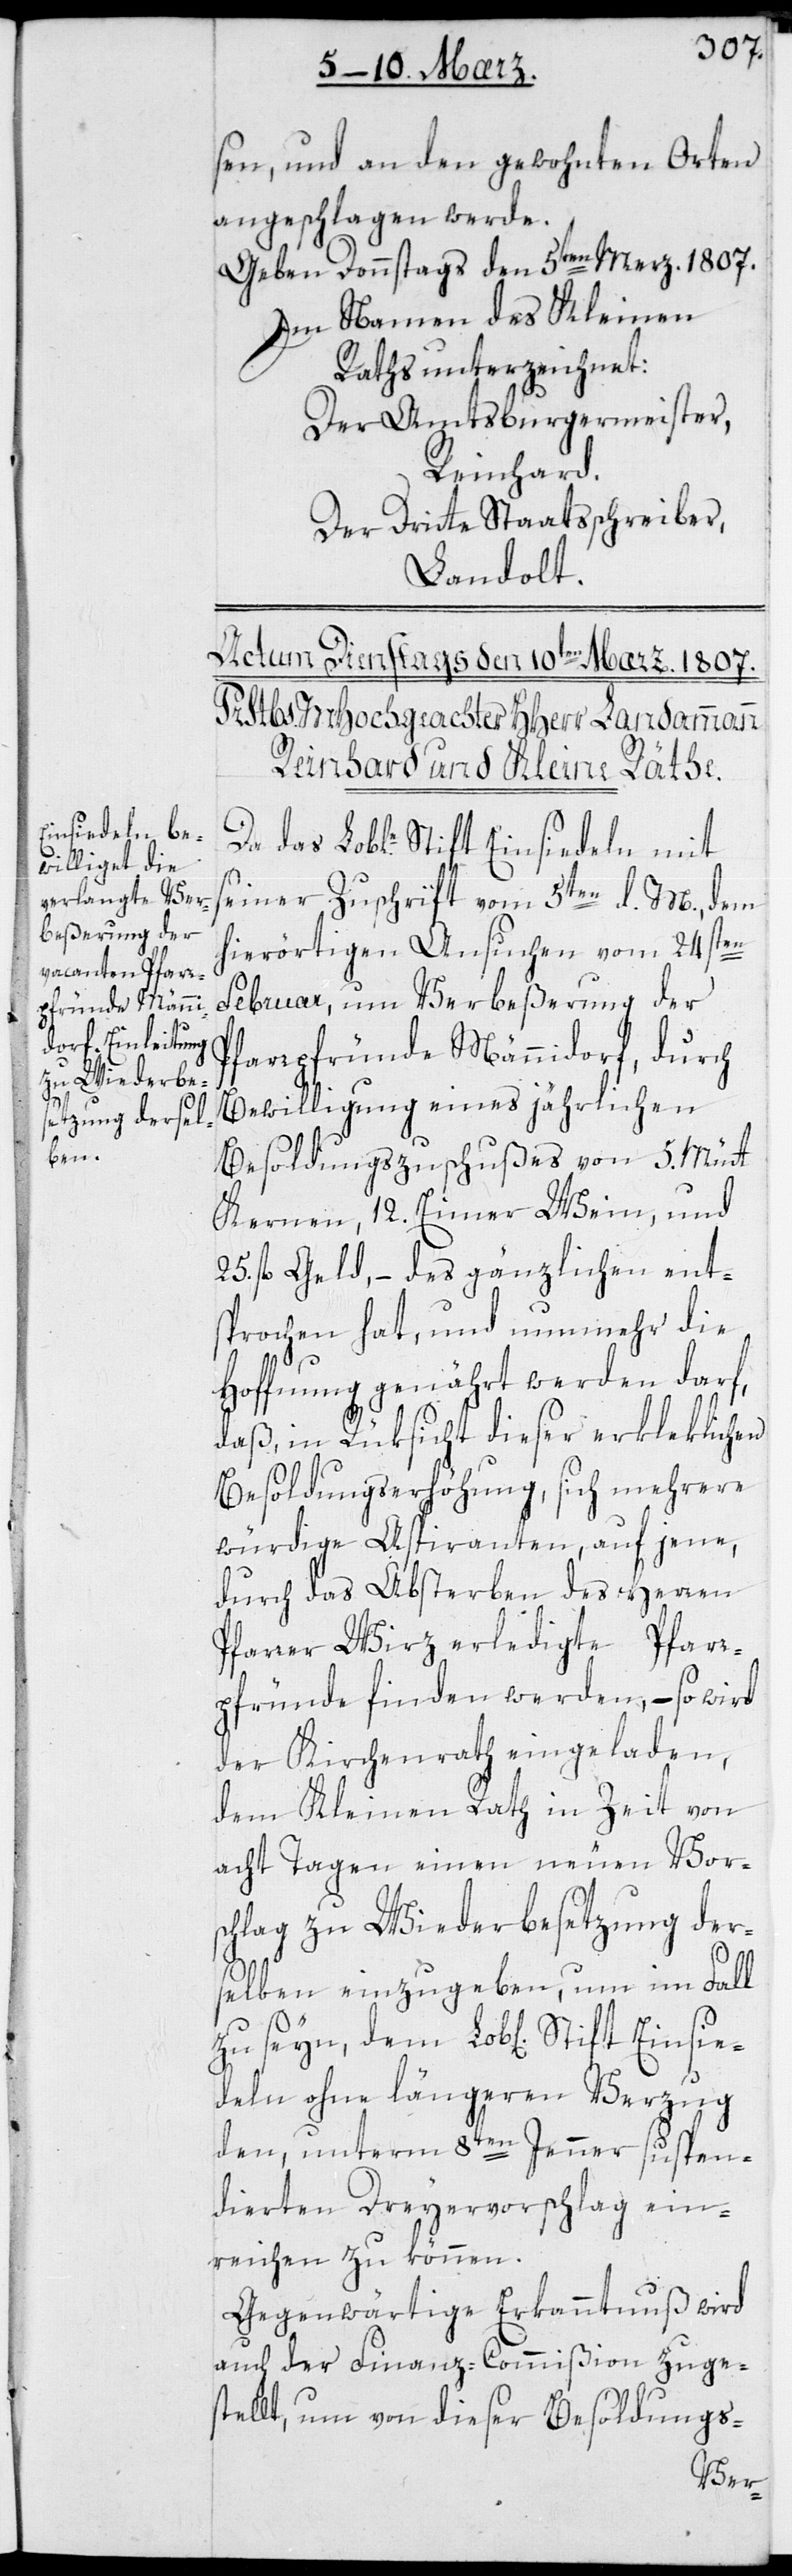
sen und an den gewohnten Orten
angeschlagen werde.
Geben Donnstags den 5ten Merz. 1807.
Im Namen des Kleinen
Raths unterzeichnet:
Der Amtsburgermeister,
Reinhard.
Der dritte Staatsschreiber,
Landolt.
das Lob[lich]e Stift Einsiedeln mit
seiner Zuschrift vom 5ten d. M[es], dem
hierörtigen Ansuchen vom 24sten
Februar, um Verbeßerung der
Pfarrpfründe Männidorf, durch
Bewilligung eines jährlichen
Besoldungszuschußes von 5. Mütt
Kernen, 12. Eimer Wein und
25. fl. Geld, – des Gänzlichen ent¬
sprochen hat, und nunmehr die
Hoffnung genährt werden darf,
daß in Rüksicht dieser erkleklichen
Besoldungserhöhung, sich mehrere
würdige Aspiranten auf jene,
durch das Absterben des Herren
Pfarrer Wirz erledigte Pfarr¬
pfründe finden werde, – so wird
der Kirchenrath eingeladen,
dem Kleinen Rath in Zeit von
acht Tagen einen neuen Vors¬
chlag zu Wiederbesetzung der¬
selben einzugeben, um im Fall
deln ohne längeren Verzug
den, unterm 8ten Jenner suspen¬
dierten Dreyervorschlag ein¬
reichen zu können.
Gegenwärtige Erkanntnuß wird
auch der Finanz-Commißion zuge¬
stellt, um von dieser Besoldungs-
Einsie¬